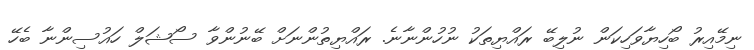
ނިމޭއިރު ބޯހިޔާވަހިކަން ނުލިބޭ ރައްޔިތަކު ނުހުންނާނެ. ރައްޔިތުންނަށް ބޭނުންވާ ސޯޝަލް ހައުސިންނާ ބެހޭ